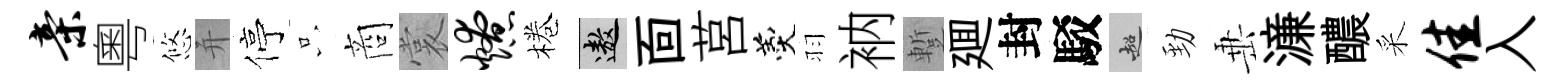
亲粵悠并停只商裳燎棬遨靣莒羹羽衲蹔廽封駁超勁𡸁濓醲采佳入